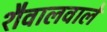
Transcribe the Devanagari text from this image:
शैवालवाले